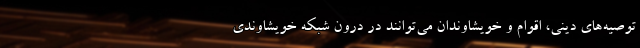
توصیه‌های دینی، اقوام و خویشاوندان می‌توانند در درون شبکه خویشاوندی